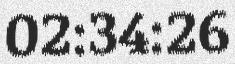
02:34:26